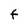
Character: F